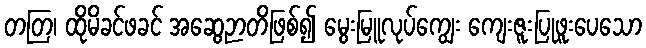
တတြ၊ ထိုမိခင်ဖခင် အဆွေဉာတိဖြစ်၍ မွေးမြူလုပ်ကျွေး ကျေးဇူးပြုဖူးပေသော